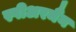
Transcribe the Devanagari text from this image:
स्पीअरमैंन